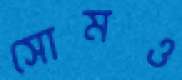
সোমও